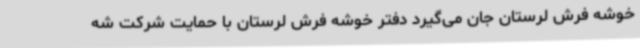
خوشه فرش لرستان جان می‌گیرد دفتر خوشه فرش لرستان با حمایت شرکت شه